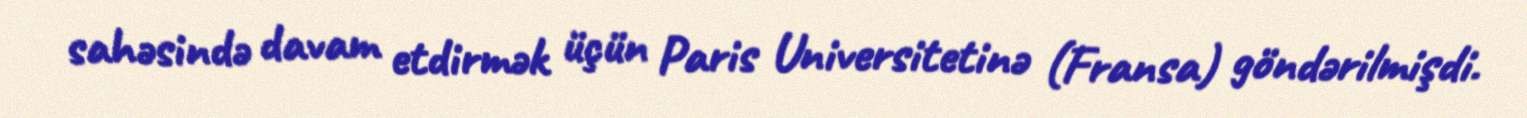
sahəsində davam etdirmək üçün Paris Universitetinə (Fransa) göndərilmişdi.